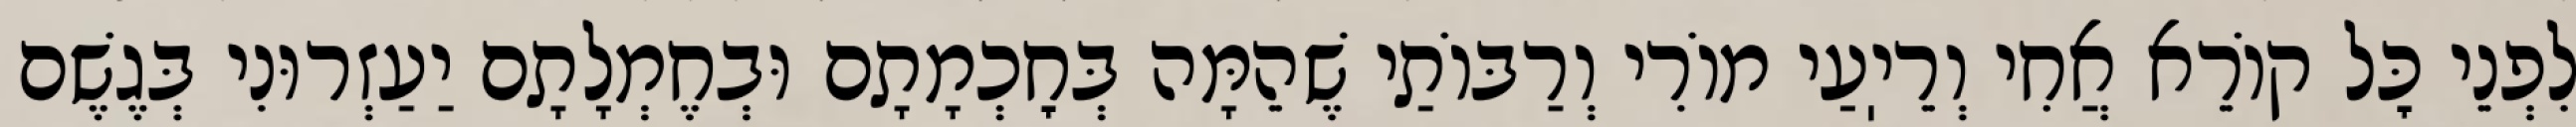
לִפְנֵי כׇּל קוֹרֵא אֲחִי וְרֵיֽעַי מוֹרִי וְרַבּוֹתַי שֶׁהֵמָּה בְּחׇכְמָתָם וּבְחֶמְלָתָם יַעַזְרוּנִי בְּגֶשֶׁם